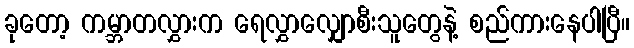
ခုတော့ ကမ္ဘာတလွှားက ရေလွှာလျှောစီးသူတွေနဲ့ စည်ကားနေပါပြီ။